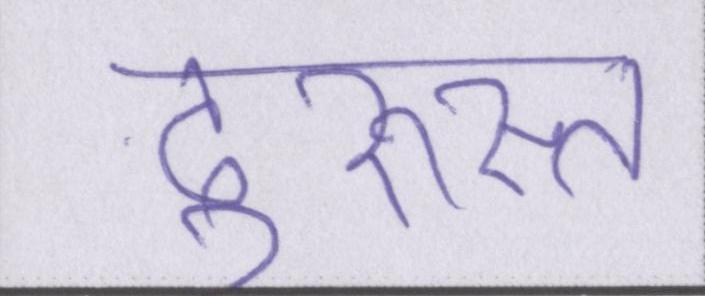
दुरुस्त